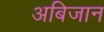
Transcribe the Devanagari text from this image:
अबिजान